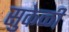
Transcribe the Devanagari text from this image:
सुकेळी